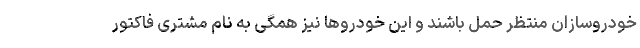
خودروسازان منتظر حمل باشند و این خودروها نیز همگی به نام مشتری فاکتور